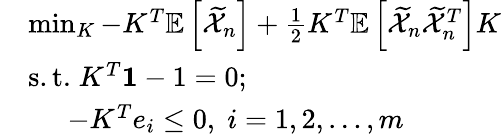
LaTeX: \begin{array}{rl}&{\operatorname*{min}_{K}-K^{T}\mathbb{E}\left[\widetilde{\mathcal{X}}_{n}\right]+\frac{1}{2}K^{T}\mathbb{E}\left[\widetilde{\mathcal{X}}_{n}\widetilde{\mathcal{X}}_{n}^{T}\right]K}\\ &{\mathrm{s.t.}\; K^{T}\mathbf{1}-1=0;}\\ &{\; \; \; \; \; -K^{T}e_{i}\leq 0,\; i=1,2,\ldots,m}\end{array}